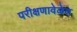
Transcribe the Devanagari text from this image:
परीक्षणावेळेत